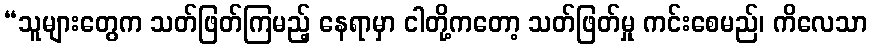
“သူများတွေက သတ်ဖြတ်ကြမည့် နေရာမှာ ငါတို့ကတော့ သတ်ဖြတ်မှု ကင်းစေမည်၊ ကိလေသာ